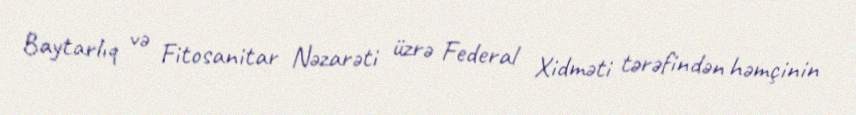
Baytarlıq və Fitosanitar Nəzarəti üzrə Federal Xidməti tərəfindən həmçinin